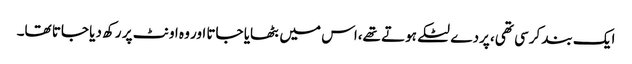
ایک بند کرسی تھی، پردے لٹکے ہوتے تھے،اس میں بٹھایا جاتا اور وہ اونٹ پر رکھ دیا جاتا تھا۔